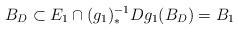
LaTeX: \begin{align*} B_D \subset E_1 \cap (g_1)_*^{-1}D g_1(B_D) = B_1\end{align*}